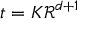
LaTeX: \textstyle t = K { \mathcal { R } } ^ { d + 1 }